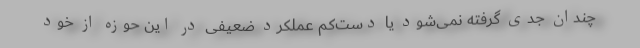
چندان جدی گرفته نمی‌شود یا دست‌کم عملکرد ضعیفی در این حوزه از خود